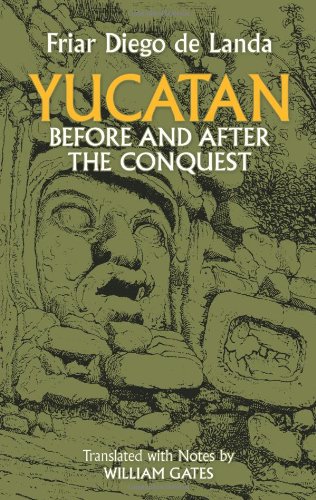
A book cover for Yucatan Before and After the Conquest (Native American); Diego de Landa; History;